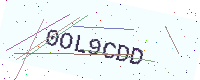
Text: 0OL9CDD